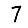
Digit: 7